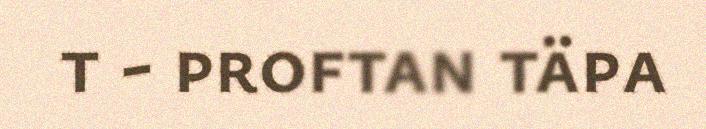
t - proftan täpa